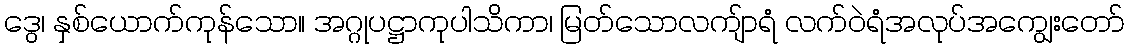
ဒွေ၊ နှစ်ယောက်ကုန်သော။ အဂ္ဂုပဋ္ဌာကုပါသိကာ၊ မြတ်သောလကျ်ာရံ လက်ဝဲရံအလုပ်အကျွေးတော်